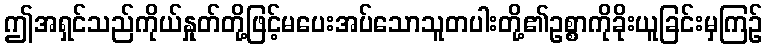
ဤအရှင်သည်ကိုယ်နှုတ်တို့ဖြင့်မပေးအပ်သောသူတပါးတို့၏ဥစ္စာကိုခိုးယူခြင်းမှကြဉ်